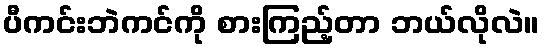
ပီကင်းဘဲကင်ကို စားကြည့်တာ ဘယ်လိုလဲ။